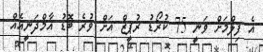
އެ ފިލްމަށް ވަނީ 75 ކުރޯޑު ރުޕީޒް އަށް ވުރެ ބޮޑު އާމްދަނީއެއް